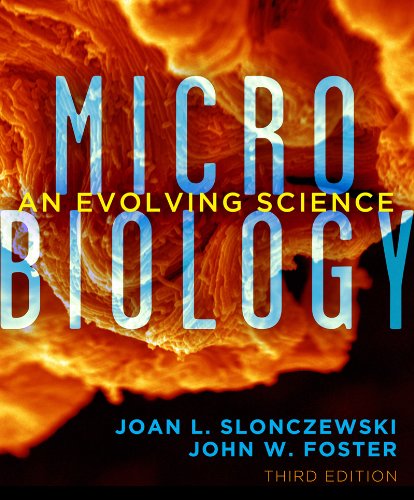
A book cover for Microbiology: An Evolving Science (Third Edition); Joan L. Slonczewski; Medical Books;